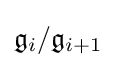
{\mathfrak {g}}_{i}/{\mathfrak {g}}_{i+1}